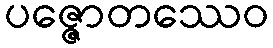
ပဇ္ဇောတဿေဝ